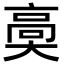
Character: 䯨